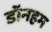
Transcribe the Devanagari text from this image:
डॉनहम